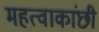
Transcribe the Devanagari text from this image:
महत्वाकांछी